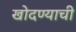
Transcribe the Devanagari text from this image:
खोदण्याची